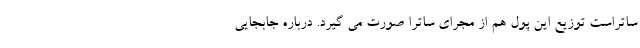
ساتراست توزیع این پول هم از مجرای ساترا صورت می گیرد. درباره جابجایی